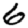
Digit: 6